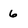
Character: 6